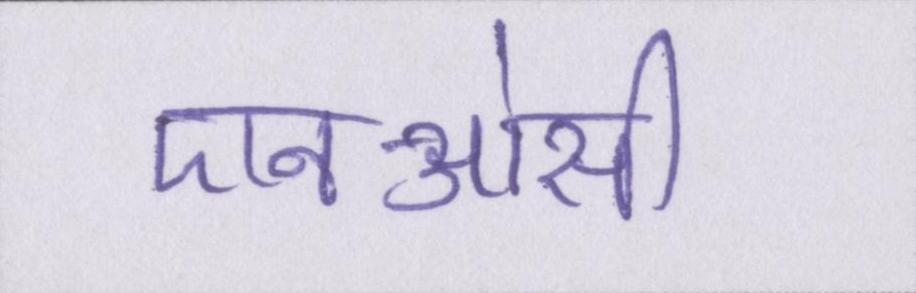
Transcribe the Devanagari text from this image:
एनओसी